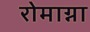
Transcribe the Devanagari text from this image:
रोमाग्ना